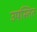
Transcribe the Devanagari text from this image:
उपस्तित